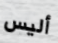
أليس